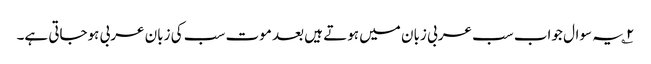
۲؎ یہ سوال جواب سب عربی زبان میں ہوتے ہیں بعد موت سب کی زبان عربی ہوجاتی ہے۔